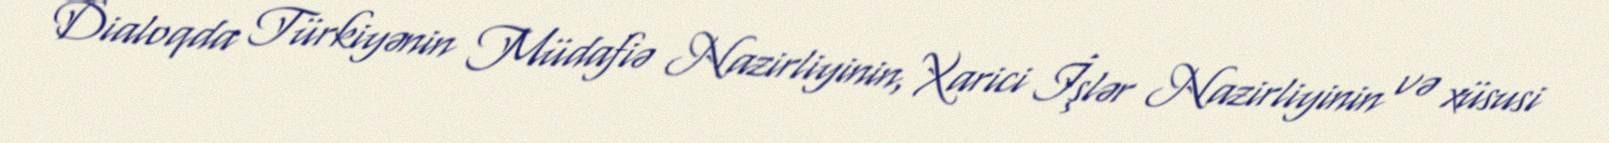
Dialoqda Türkiyənin Müdafiə Nazirliyinin, Xarici İşlər Nazirliyinin və xüsusi